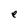
Character: e